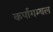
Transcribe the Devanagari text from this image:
कर्पागम्बल